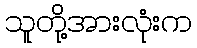
သူတို့အားလုံးက